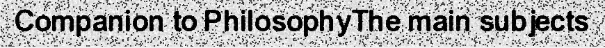
Companion to PhilosophyThe main subjects